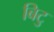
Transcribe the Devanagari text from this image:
बिटु